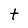
Character: t